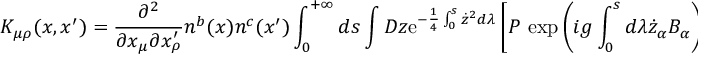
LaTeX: K _ { \mu \rho } ( x , x ^ { \prime } ) = \frac { \partial ^ { 2 } } { \partial x _ { \mu } \partial x _ { \rho } ^ { \prime } } n ^ { b } ( x ) n ^ { c } ( x ^ { \prime } ) \int _ { 0 } ^ { + \infty } d s \int D z \mathrm { e } ^ { - \frac 1 4 \int _ { 0 } ^ { s } \dot { z } ^ { 2 } d \lambda } \left[ P { \, } \exp \left( i g \int _ { 0 } ^ { s } d \lambda \dot { z } _ { \alpha } B _ { \alpha } \right) \right] ^ { b c } ,